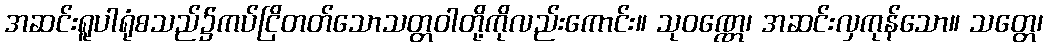
အဆင်းရူပါရုံစသည်၌ကပ်ငြိတတ်သောသတ္တဝါတို့ကိုလည်းကောင်း။ သုဝဏ္ဏေ၊ အဆင်းလှကုန်သော။ သတ္တေ၊